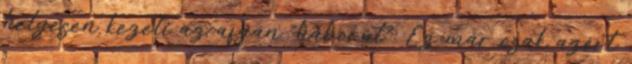
helyesen kezeli az afgán "háborút". Ez már csak azért